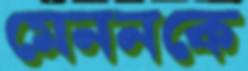
মেননকে